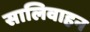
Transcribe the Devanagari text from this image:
सालिवाहन